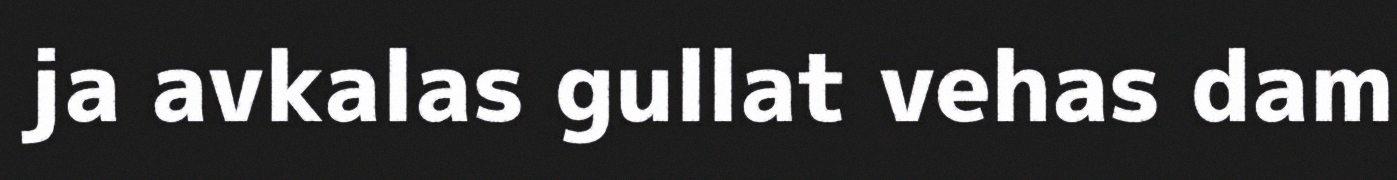
ja avkalas gullat vehas dam